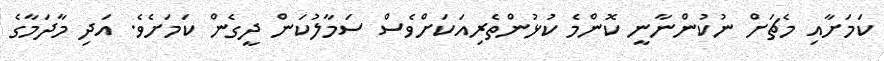
ކަމަށާއި މެޗަށް ނުކުންނާނީ ކޮންމެ ކުޅުންތެރިއަކަށްވެސް ސަމާލުކަން ދީގެން ކަމަށެވެ. އަދި މާދަމާގެ